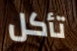
تأكل